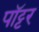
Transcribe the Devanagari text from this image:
पॉट्टर